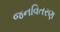
જનવિતરણ